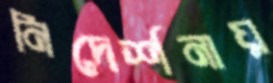
নিদের্শনায়